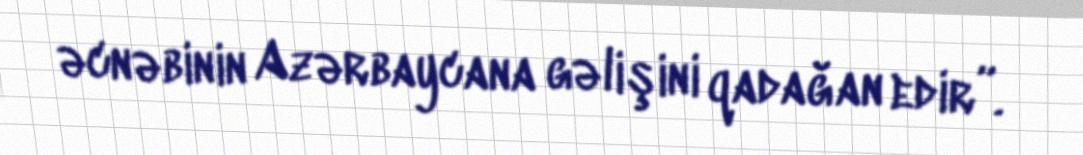
əcnəbinin Azərbaycana gəlişini qadağan edir”.